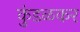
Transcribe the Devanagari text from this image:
कुंडळकर